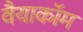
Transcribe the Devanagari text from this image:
वैयाकॉम